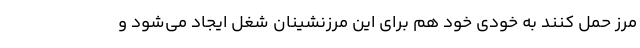
مرز حمل کنند به خودی خود هم برای این مرزنشینان شغل ایجاد می‌شود و